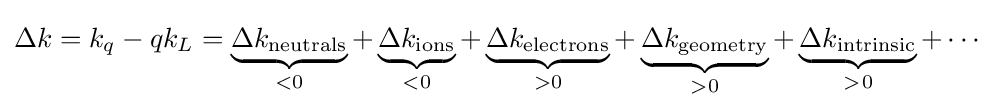
\Delta k=k_{q}-qk_{L}=\underbrace {\Delta k_{\mathrm {neutrals} }} _{<0}+\underbrace {\Delta k_{\mathrm {ions} }} _{<0}+\underbrace {\Delta k_{\mathrm {electrons} }} _{>0}+\underbrace {\Delta k_{\mathrm {geometry} }} _{>0}+\underbrace {\Delta k_{\mathrm {intrinsic} }} _{>\;\!0}+\cdots